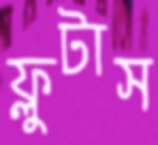
ফ্লুটাস